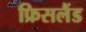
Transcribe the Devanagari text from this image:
फ्रिसलैंड